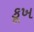
કૂખ